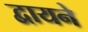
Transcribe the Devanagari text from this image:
द्वायने